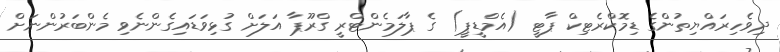
ދިވެހިރައްޔިތުންގެ ޑިމޮކްރެޓިކް ޕާޓީ (އެމްޑީޕީ) ގެ ޕާލަމެންޓްރީ ގްރޫޕާ އަލަށް ގުޅިވަޑައިގެންނެވި މެންބަރުންނަށް